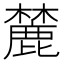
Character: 麓